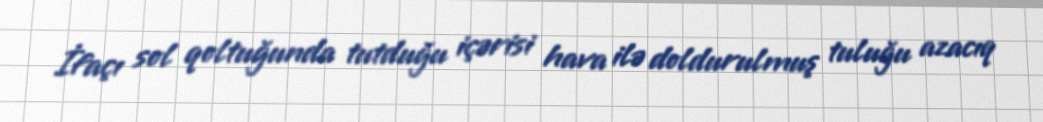
İfaçı sol qoltuğunda tutduğu içərisi hava ilə doldurulmuş tuluğu azacıq